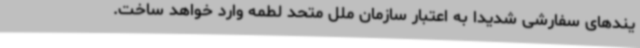
یندهای سفارشی شدیدا به اعتبار سازمان ملل متحد لطمه وارد خواهد ساخت.